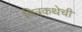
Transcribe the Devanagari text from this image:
चित्रकथेची